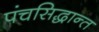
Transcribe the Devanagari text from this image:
पंचसिद्धान्त